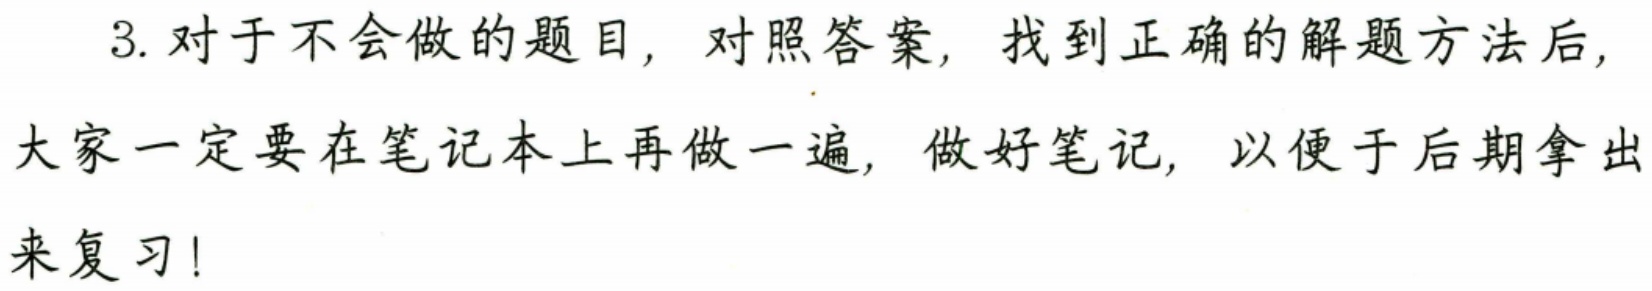
3. 对于不会做的题目，对照答案，找到正确的解题方法后，
大家一定要在笔记本上再做一遍，做好笔记，以便于后期拿出
来复习！